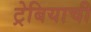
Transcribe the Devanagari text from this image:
ट्रेबियाची